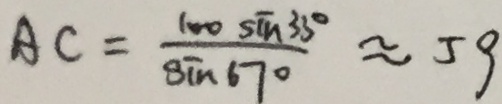
A C = \frac { 1 0 0 \sin 3 5 ^ { \circ } } { \sin 6 7 ^ { \circ } } \approx 5 9